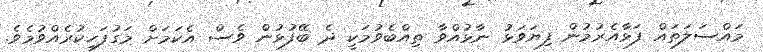
މައްސަލަތައް ފަޅާއެރުމުން ފިޔަވަޅު ނާޅުއްވާ ތިއްބެވުމަކީ ދެ ބޭފުޅުން ވެސް އެކަމަށް މަގުފަހިކުރެއްވުމެވެ.